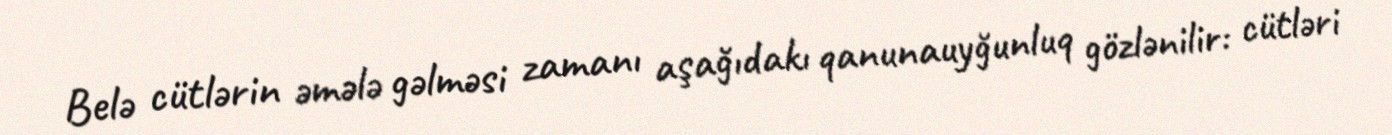
Belə cütlərin əmələ gəlməsi zamanı aşağıdakı qanunauyğunluq gözlənilir: cütləri